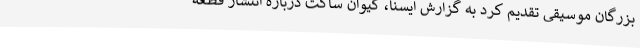
بزرگان موسیقی تقدیم کرد به گزارش ایسنا، کیوان ساکت درباره انتشار قطعه